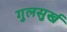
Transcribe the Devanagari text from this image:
गुलसुर्ख